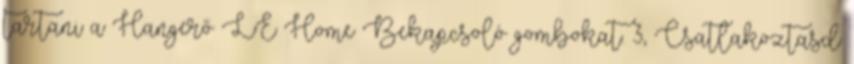
tartani a Hangerő LE Home Bekapcsoló gombokat. 3, Csatlakoztasd